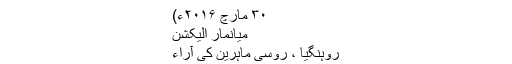
۳۰ مارچ ۲۰۱۶ء)
میانمار الیکشن
روہنگیا ، روسی ماہرین کی آراء